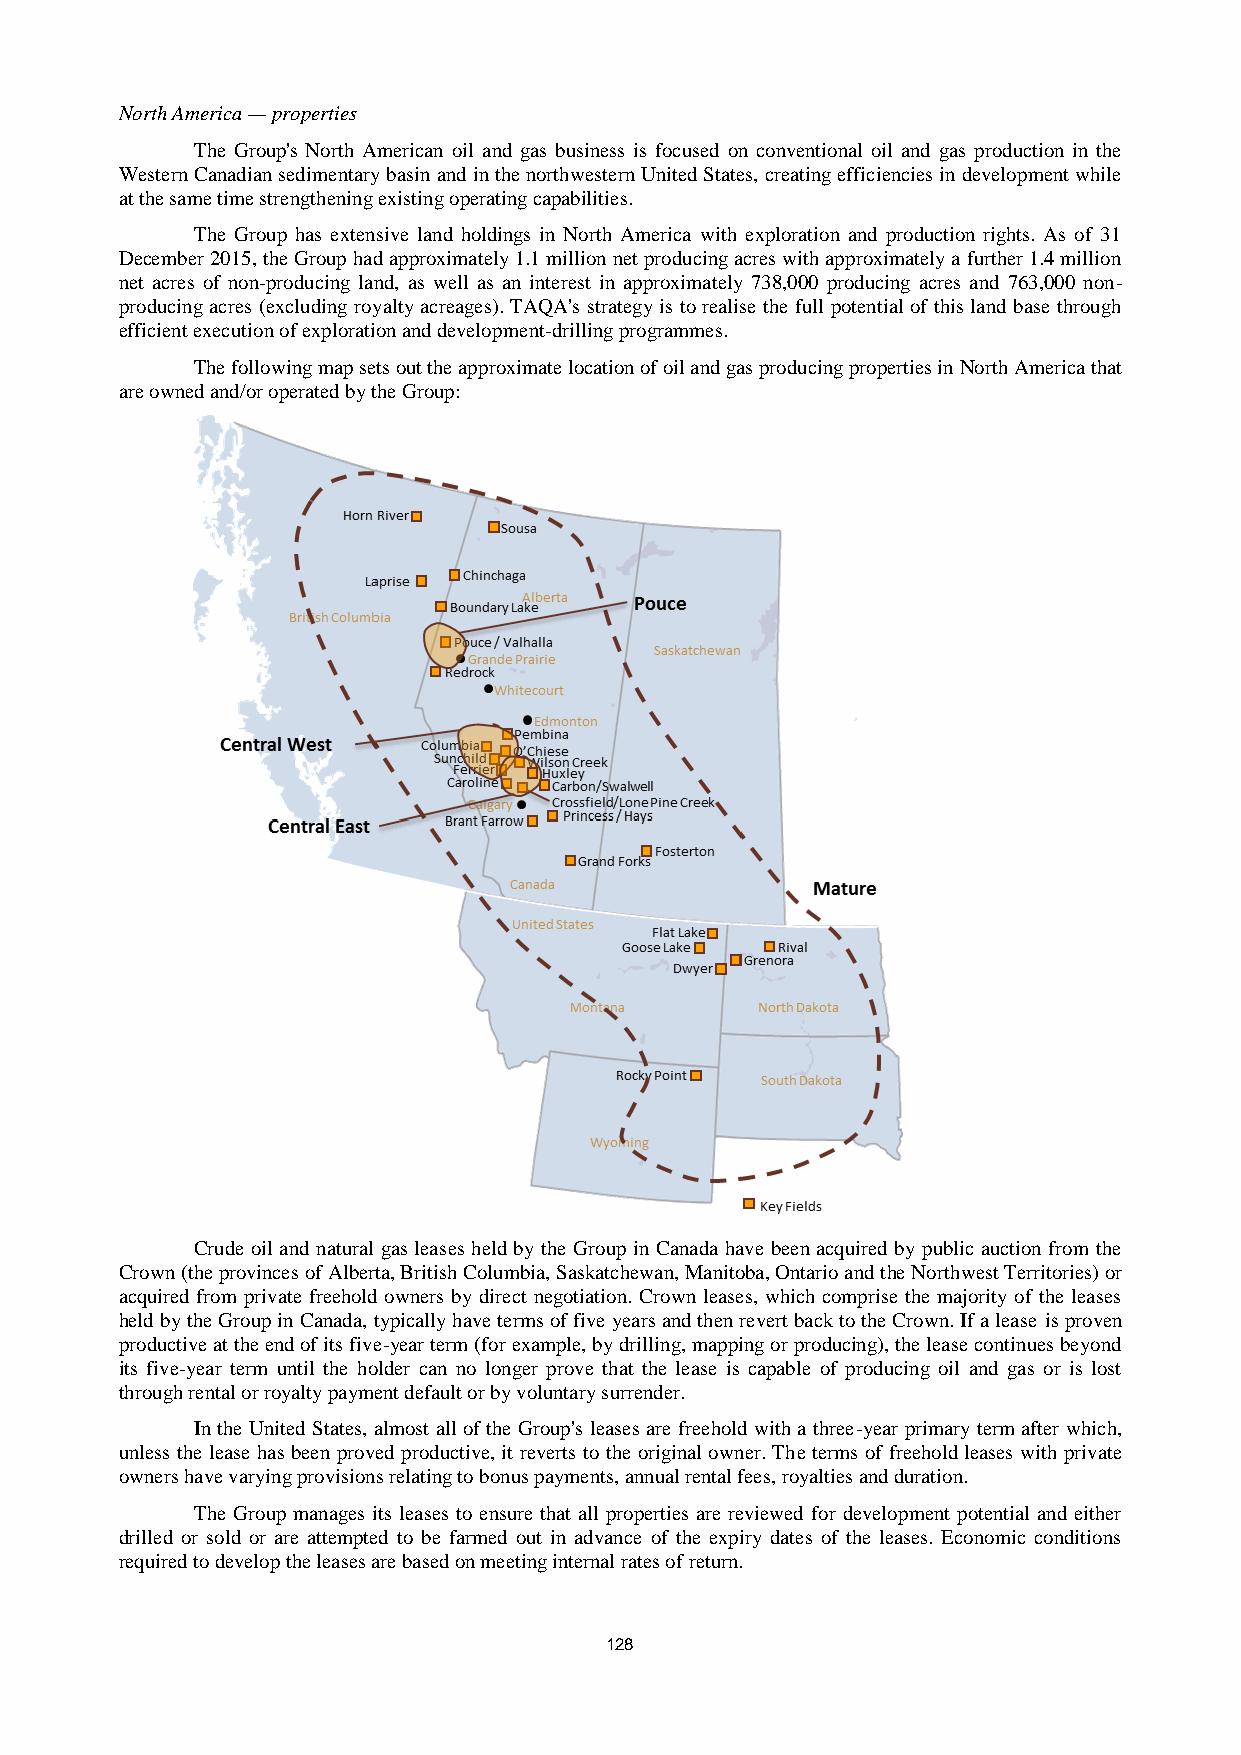
North America — properties
 The Group's North American oil and gas business is focused on conventional oil and gas production in the
 Western Canadian sedimentary basin and in the northwestern United States, creating efficiencies in development while
 at the same time strengthening existing operating capabilities.
 The Group has extensive land holdings in North America with exploration and production rights. As of 31
 December 2015, the Group had approximately 1.1 million net producing acres with approximately a further 1.4 million
 net acres of non-producing land, as well as an interest in approximately 738,000 producing acres and 763,000 non-
 producing acres (excluding royalty acreages). TAQA's strategy is to realise the full potential of this land base through
 efficient execution of exploration and development-drilling programmes.
 The following map sets out the approximate location of oil and gas producing properties in North America that
 are owned and/or operated by the Group:
 Crude oil and natural gas leases held by the Group in Canada have been acquired by public auction from the
 Crown (the provinces of Alberta, British Columbia, Saskatchewan, Manitoba, Ontario and the Northwest Territories) or
 acquired from private freehold owners by direct negotiation. Crown leases, which comprise the majority of the leases
 held by the Group in Canada, typically have terms of five years and then revert back to the Crown. If a lease is proven
 productive at the end of its five-year term (for example, by drilling, mapping or producing), the lease continues beyond
 its five-year term until the holder can no longer prove that the lease is capable of producing oil and gas or is lost
 through rental or royalty payment default or by voluntary surrender.
 In the United States, almost all of the Group's leases are freehold with a three-year primary term after which,
 unless the lease has been proved productive, it reverts to the original owner. The terms of freehold leases with private
 owners have varying provisions relating to bonus payments, annual rental fees, royalties and duration.
 The Group manages its leases to ensure that all properties are reviewed for development potential and either
 drilled or sold or are attempted to be farmed out in advance of the expiry dates of the leases. Economic conditions
 required to develop the leases are based on meeting internal rates of return.
 128